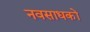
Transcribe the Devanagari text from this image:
नवसाधकों